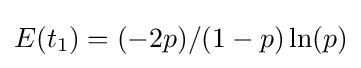
E(t_{1})=(-2p)/(1-p)\ln(p)